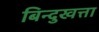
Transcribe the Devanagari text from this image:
बिन्दुखत्ता